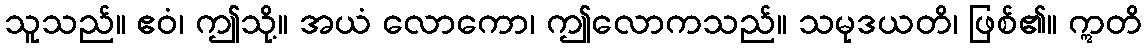
သူသည်။ ဧဝံ၊ ဤသို့။ အယံ လောကော၊ ဤလောကသည်။ သမုဒယတိ၊ ဖြစ်၏။ ဣတိ